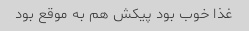
غذا خوب بود پیکش هم به موقع بود